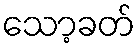
သော့ခတ်